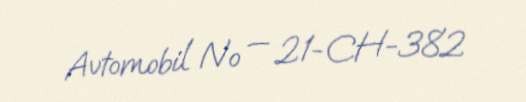
Avtomobil № — 21-CH-382